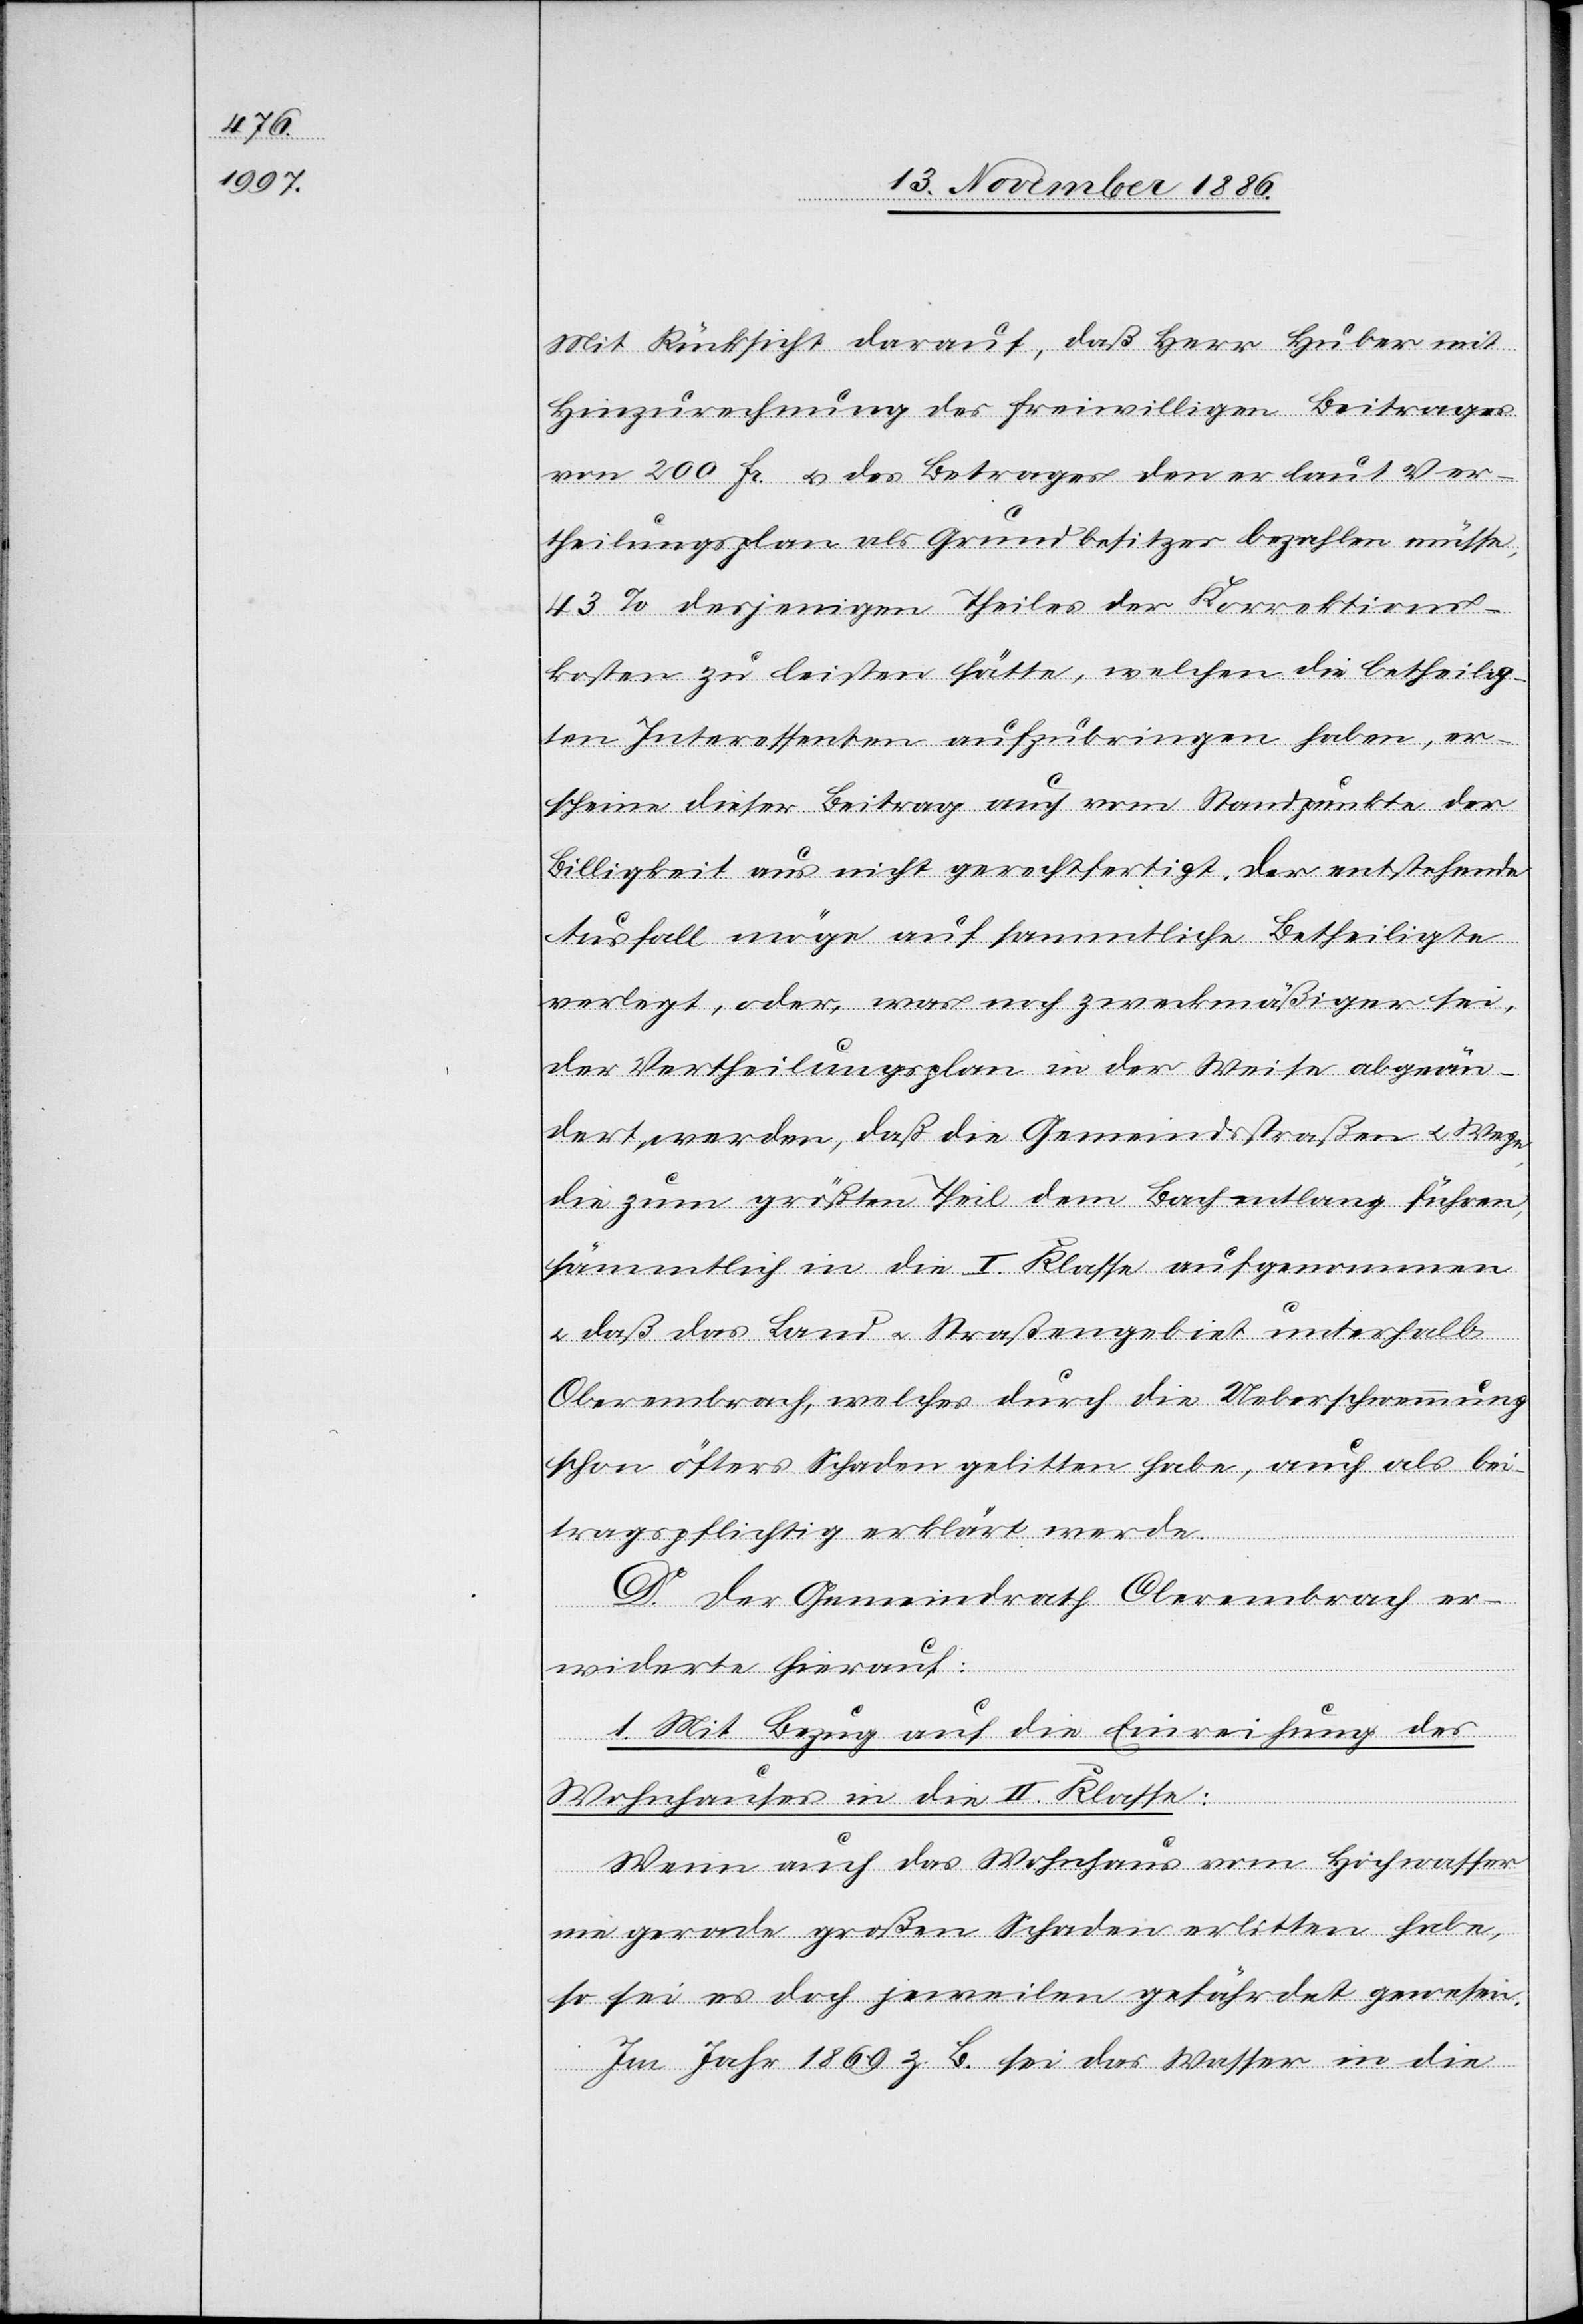
Mit Rücksicht darauf, daß Herr Huber mit
Hinzurechnung des freiwilligen Beitrages
von 200 Fr. & des Betrages den er laut Ver¬
theilungsplan als Grundbesitzer bezahlen müsse,
43% desjenigen Theiles der Korrektions¬
kosten zu leisten hätte, welchen die betheilig¬
ten Interessenten aufzubringen haben, er¬
scheine dieser Beitrag auch vom Standpunkte der
Billigkeit aus nicht gerechtfertigt. Der entstehende
Ausfall möge auf sammtliche [sic!] Betheiligte
verlegt, oder, was noch zweckmäßiger sei,
der Vertheilungsplan in der Weise abgeän¬
dert werden, daß die Gemeindstraßen & Wege,
die zum größten Theil dem Bach entlang führen,
sämmtlich in die I. Klasse aufgenommen
& daß das Land & Straßengebiet unterhalb
Oberembrach, welches durch die Ueberschwemmung
schon öfters Schaden gelitten habe, auch als bei¬
tragspflichtig erklärt werde.
D. Der Gemeindrath Oberembrach er¬
widerte hierauf:
1. Mit Bezug auf die Einreichung des
Wohnhauses in die II. Klasse:
Wenn auch das Wohnhaus vom Hochwasser
nie gerade großen Schaden erlitten habe,
so sei es doch jeweilen gefährdet gewesen.
Im Jahr 1869 z. B. sei das Wasser in die